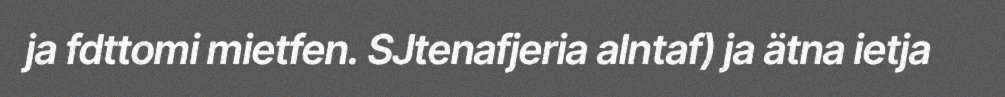
ja fdttomi mietfen. SJtenafjeria alntaf) ja ätna ietja